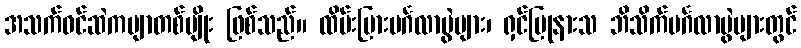
အသက်ဝင်ဆဲကဗျာတစ်မျိုး ဖြစ်သည်။ ထိမ်းမြားမင်္ဂလာပွဲများ၊ ရှင်ပြုနားသ ဘိသိက်မင်္ဂလာပွဲများတွင်